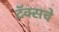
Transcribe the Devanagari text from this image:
टॅक्सचे